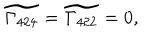
\widetilde { \Gamma _ { 4 2 4 } } = \widetilde { \Gamma _ { 4 2 2 } } = 0 ,